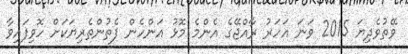
ވޭތުވެދިޔަ 2015 ވަނަ އަހަރު ރާއްޖޭގެ އެންމެ މޮޅު އަންހެން ފެތުންތެރިޔަކަށް ހޮވިފައިވާ